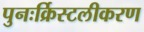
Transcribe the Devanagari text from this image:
पुनःर्क्रिस्टलीकरण